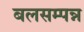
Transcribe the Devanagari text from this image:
बलसम्पन्न